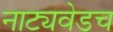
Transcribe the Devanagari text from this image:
नाट्यवेडच